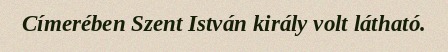
Címerében Szent István király volt látható.